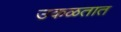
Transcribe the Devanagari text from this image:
उकळतात